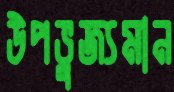
উপভুজ্যমান